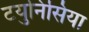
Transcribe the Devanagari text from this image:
टयुनिसिया